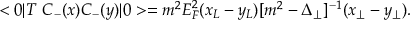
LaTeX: < 0 | T \ C _ { - } ( x ) C _ { - } ( y ) | 0 > = m ^ { 2 } E _ { F } ^ { 2 } ( x _ { L } - y _ { L } ) [ m ^ { 2 } - \Delta _ { \perp } ] ^ { - 1 } ( x _ { \perp } - y _ { \perp } ) .